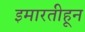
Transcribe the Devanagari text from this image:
इमारतीहून